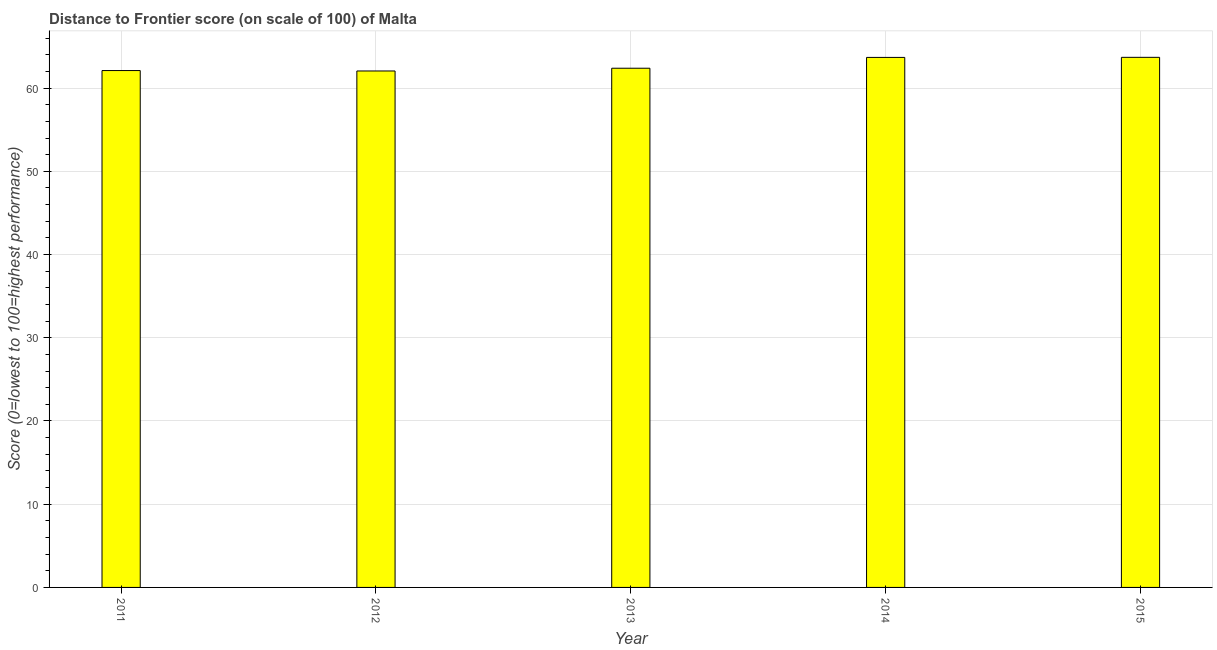
| Year | Distance to frontier score |
 | --- | --- |
 | 2011 | 62.1 |
 | 2012 | 62.1 |
 | 2013 | 62.4 |
 | 2014 | 63.7 |
 | 2015 | 63.7 |